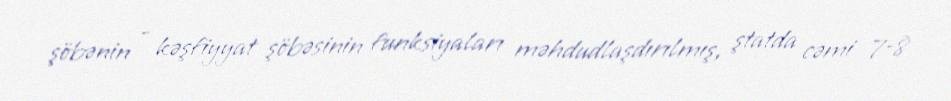
şöbənin - kəşfiyyat şöbəsinin funksiyaları məhdudlaşdırılmış, ştatda cəmi 7-8